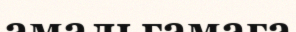
амальгамаға